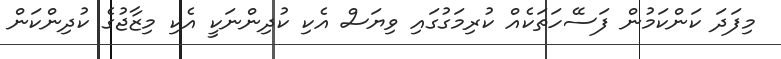
މިފަދަ ކަންކަމުން ފަސޭހަތަކެއް ކުރިމަގުގައި ވިޔަސް އެކި ކުދިންނަކީ އެކި މިޒާޖުގެ ކުދިންކަން